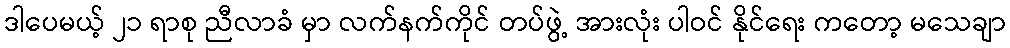
ဒါပေမယ့် ၂၁ ရာစု ညီလာခံ မှာ လက်နက်ကိုင် တပ်ဖွဲ့ အားလုံး ပါဝင် နိုင်ရေး ကတော့ မသေချာ